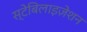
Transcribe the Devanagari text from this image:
स्टेबिलाइज़ेशन